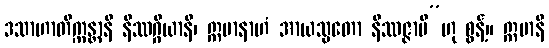
ဒသာဟာတိက္ကန္တာနိ နိဿဂ္ဂိယာနိ၊ ဣမာနာဟံ အာယသ္မတော နိဿဇ္ဇာမိ”ဟု စွန့်။ ဣမာနိ